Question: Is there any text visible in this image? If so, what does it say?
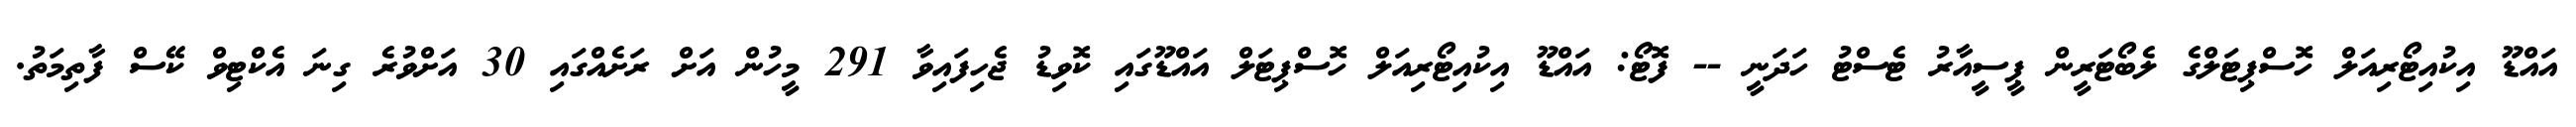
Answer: އައްޑޫ އިކުއިޓޯރިއަލް ހޮސްޕިޓަލްގެ ލެބޯޓަރީން ޕީސީއާރު ޓެސްޓު ހަދަނީ -- ފޮޓޯ: އައްޑޫ އިކުއިޓޯރިއަލް ހޮސްޕިޓަލް އައްޑޫގައި ކޮވިޑު ޖެހިފައިވާ 291 މީހުން އަށް ރަށެއްގައި 30 އަށްވުރެ ގިނަ އެކްޓިވް ކޭސް ފާތިމަތު.